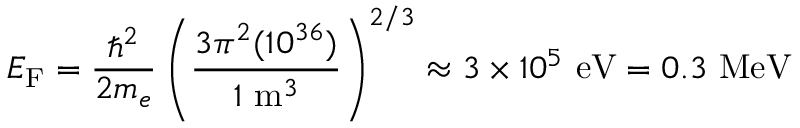
E _ { \mathrm { F } } = { \frac { \hbar ^ { 2 } } { 2 m _ { e } } } \left( { \frac { 3 \pi ^ { 2 } ( 1 0 ^ { 3 6 } ) } { 1 \ \mathrm { m } ^ { 3 } } } \right) ^ { 2 / 3 } \approx 3 \times 1 0 ^ { 5 } \ \mathrm { e V } = 0 . 3 \ \mathrm { M e V }